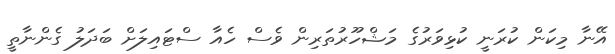
އޭނާ މިކަން ކުރަނީ ކުޅިވަރުގެ މަޝްހޫރުތަރިން ވެސް ހެއާ ސްޓައިލަށް ބަދަލު ގެންނާތީ